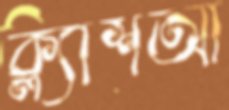
ক্ল্যাশআ